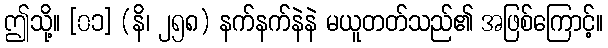
ဤသို့။ [၀၁] (နိ၊ ၂၅၈) နက်နက်နဲနဲ မယူတတ်သည်၏ အဖြစ်ကြောင့်။